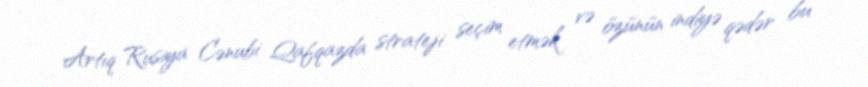
Artıq Rusiya Cənubi Qafqazda strateji seçim etmək və özünün indiyə qədər bu